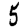
Digit: 5